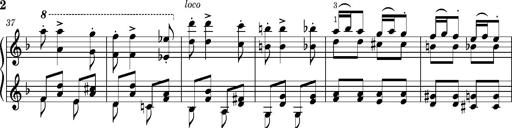
Title: Puszta Wehmut â€“ A puszta keserve
Composer: Franz Liszt
Key: D minor